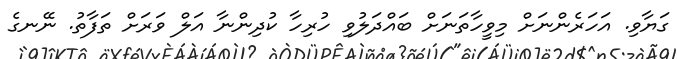
ގަޔާވި. އަހަރެންނަށް މިވީހާތަނަށް ބައްދަލުވި ހުރިހާ ކުދިންނާ އަލް ވަރަށް ތަފާތު. ނޭނގެ